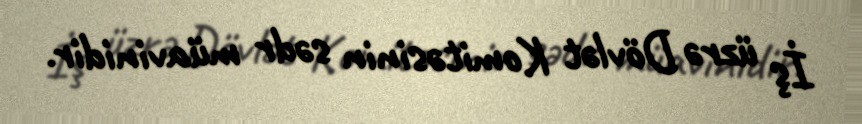
İş üzrə Dövlət Komitəsinin sədr müavinidir.